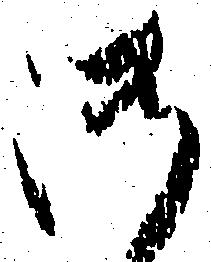
御